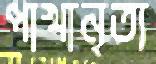
পাখানৃত্য